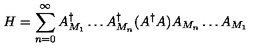
H = \sum _ { n = 0 } ^ { \infty } A _ { M _ { 1 } } ^ { \dagger } \ldots A _ { M _ { n } } ^ { \dagger } ( A ^ { \dagger } A ) A _ { M _ { n } } \ldots A _ { M _ { 1 } }